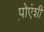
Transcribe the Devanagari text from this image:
प़ोएंशी